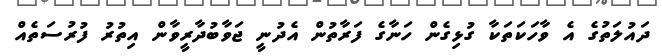
ދައުލަތުގެ އެ ވާހަކަތަކާ ގުޅިގެން ހަނާގެ ފަރާތުން އެދުނީ ޖަވާބުދާރީވާން އިތުރު ފުރުސަތެއް